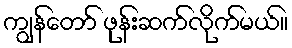
ကျွန်တော် ဖုန်းဆက်လိုက်မယ်။